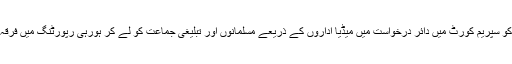
جمعیت علماء ہند کی طرف سے پیر کو سپریم کورٹ میں دائر درخواست میں میڈیا اداروں کے ذریعے مسلمانوں اور تبلیغی جماعت کو لے کر ہورہی رپورٹنگ میں فرقہ واریت پھیلانے کا الزام لگایا گیا ہے۔